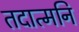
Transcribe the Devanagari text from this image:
तदात्मनि